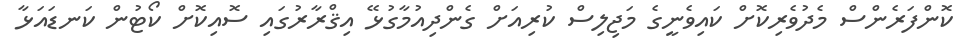
ކޮންފަރެންސް މެދުވެރިކޮށް ކައިވެނީގެ މަޖިލިސް ކުރިއަށް ގެންދިއުމާގުޅޭ އިޤްރާރުގައި ސޮއިކޮށް ކޯޓުން ކަނޑައަޅާ